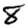
Digit: 8